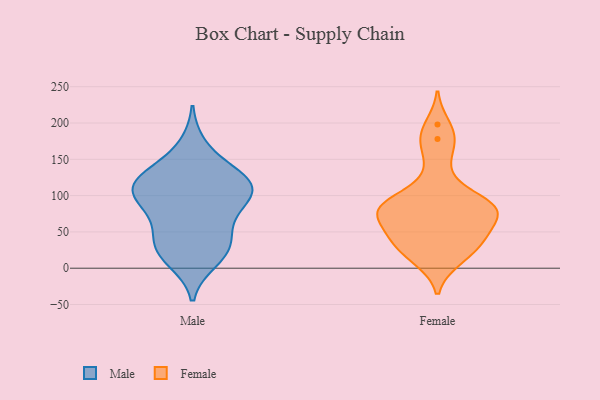
{"axis": {"x": "Demand Index", "y": "Value"}, "legend": ["Female", "Male"], "data": [{"x": "", "y": 138, "type": "Male"}, {"x": "", "y": 21, "type": "Male"}, {"x": "", "y": 108, "type": "Male"}, {"x": "", "y": 117, "type": "Male"}, {"x": "", "y": 62, "type": "Male"}, {"x": "", "y": 101, "type": "Male"}, {"x": "", "y": 113, "type": "Male"}, {"x": "", "y": 86, "type": "Male"}, {"x": "", "y": 114, "type": "Male"}, {"x": "", "y": 78, "type": "Male"}, {"x": "", "y": 127, "type": "Male"}, {"x": "", "y": 25, "type": "Male"}, {"x": "", "y": 42, "type": "Male"}, {"x": "", "y": 11, "type": "Male"}, {"x": "", "y": 110, "type": "Male"}, {"x": "", "y": 168, "type": "Male"}, {"x": "", "y": 32, "type": "Male"}, {"x": "", "y": 12, "type": "Female"}, {"x": "", "y": 70, "type": "Female"}, {"x": "", "y": 35, "type": "Female"}, {"x": "", "y": 46, "type": "Female"}, {"x": "", "y": 34, "type": "Female"}, {"x": "", "y": 73, "type": "Female"}, {"x": "", "y": 74, "type": "Female"}, {"x": "", "y": 91, "type": "Female"}, {"x": "", "y": 10, "type": "Female"}, {"x": "", "y": 93, "type": "Female"}, {"x": "", "y": 93, "type": "Female"}, {"x": "", "y": 34, "type": "Female"}, {"x": "", "y": 168, "type": "Female"}, {"x": "", "y": 198, "type": "Female"}, {"x": "", "y": 81, "type": "Female"}, {"x": "", "y": 73, "type": "Female"}, {"x": "", "y": 49, "type": "Female"}, {"x": "", "y": 133, "type": "Female"}, {"x": "", "y": 91, "type": "Female"}, {"x": "", "y": 178, "type": "Female"}]}